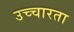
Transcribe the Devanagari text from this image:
उच्चारता